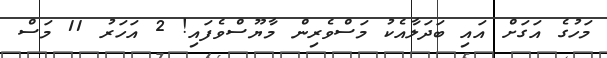
މަހުގެ އަގަށް އައި ބަދަލާއެކު މަސްވެރިން މާޔޫސްވެފައި! 2 އަހަރު 11 މަސް